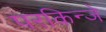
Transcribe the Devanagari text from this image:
परकिन्जे